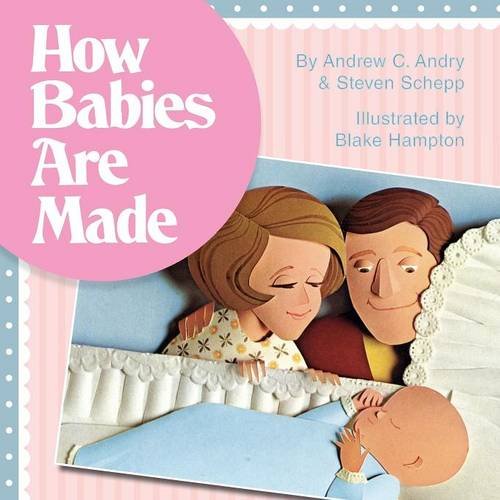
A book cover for How Babies Are Made; Steven Schepp; Health, Fitness & Dieting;